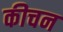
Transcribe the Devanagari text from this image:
कीचन